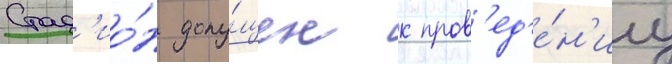
Стад'ио́н допу́щен к пров'ед'е́н'иу